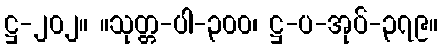
ဋ္ဌ-၂၀၂။ ။သုတ္တ-ပါ-၃၀၀၊ ဋ္ဌ-ပ-အုပ်-၃၇၉။